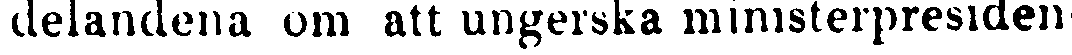
delandena om att ungerska ministerpresiden